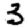
Digit: 3